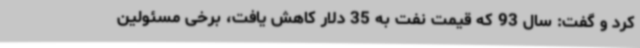
کرد و گفت: سال 93 که قیمت نفت به 35 دلار کاهش یافت، برخی مسئولین